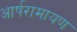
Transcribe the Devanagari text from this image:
आर्षरामायण